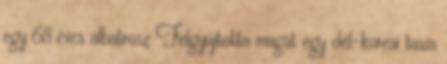
egy 68 éves albatrosz Felgyújtotta magát egy dél-koreai taxis